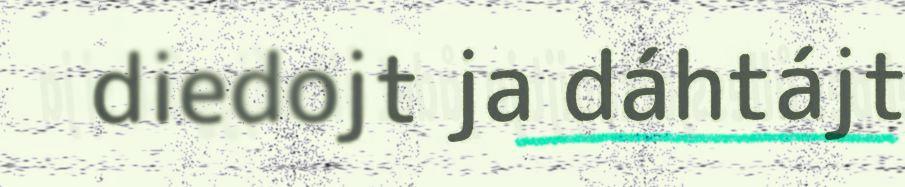
diedojt ja dáhtájt